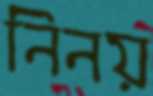
নিনয়